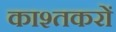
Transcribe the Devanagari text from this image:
काश्तकरों